Civil Veterinary Dept. North-West Frontier Province 1923-32 - 1923-1932
Year: 1923
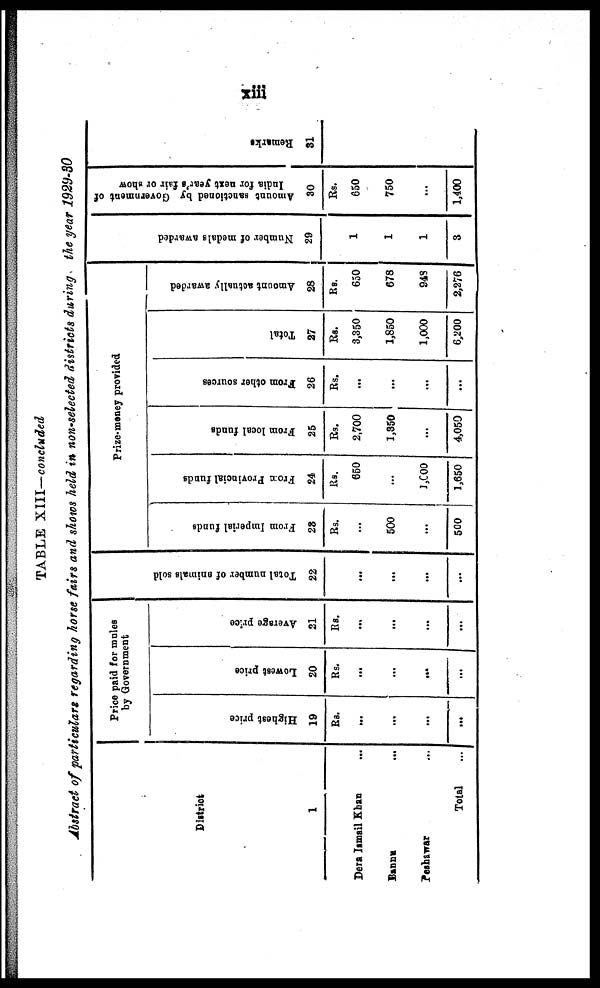
xiii
TABLE XIII—concluded
Abstract of particulars regarding horse fairs and shows held in non-selected districts during the year 1929-30
District
1
Dera Ismail Khan ...
Bannu ...
Peshawar ...
Total
...
Price paid for mules
by Government
Highest price
19
Rs.
...
...
...
...
Lowest price
20
Rs.
...
...
...
...
Average price
21
Rs.
...
...
...
...
Tot al number of animals sold
22
...
...
...
...
Prize-money provided
From Imperial funds
23
Rs.
...
500
...
500
From
Provincial funds
24
Rs.
650
...
1,000
1,650
From local funds
25
Rs.
2,700
1,350
...
4,050
From other sources
26
Rs.
...
...
...
...
Total
27
Rs.
3,350
1,850
1,000
6,200
Amount actually awarded
28
Rs.
650
678
948
2,276
Nu mb e r of medals awarded
29
1
1
1
3
Amount sanctioned by Government of
India for next year's fair or show
30
Rs.
650
750
...
1,400
Remarks
31